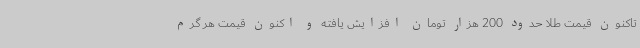
تاکنون قیمت طلا حدود 200 هزار تومان افزایش یافته و اکنون قیمت هر گرم